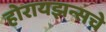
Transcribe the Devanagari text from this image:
होरायझन्सचे